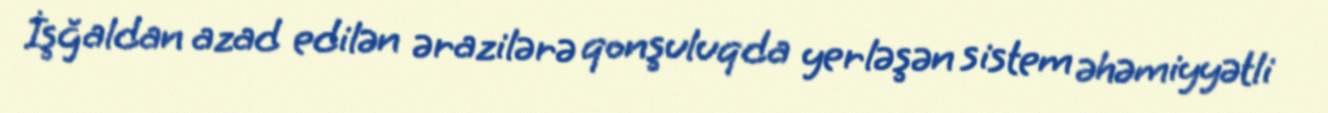
İşğaldan azad edilən ərazilərə qonşuluqda yerləşən sistem əhəmiyyətli